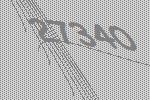
27340